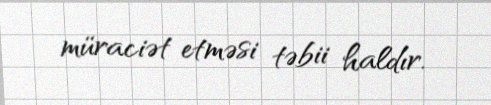
müraciət etməsi təbii haldır.